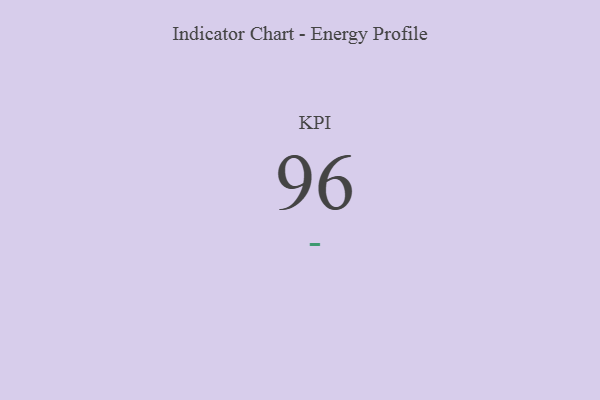
{"axis": {"x": "KPI", "y": "Value"}, "legend": [""], "data": [{"x": "KPI", "y": 96, "type": ""}]}